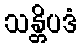
သန္တိပဒံ